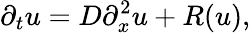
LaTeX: \partial_{t}u=D\partial_{x}^{2}u+R(u),